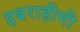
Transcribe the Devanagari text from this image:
इबराहीमी